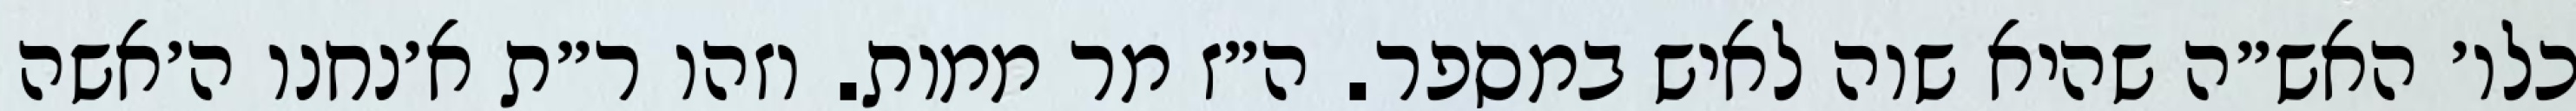
כלו׳ האש״ה שהיא שוה לאיש במספר. ה״ז מר ממות. וזהו ר״ת א׳נחנו ה׳אשה